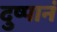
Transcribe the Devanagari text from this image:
दुष्पानं